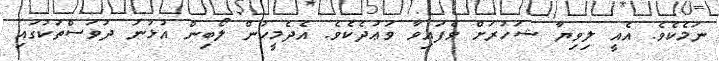
ނަމެކެވެ. އެއީ ލިވިޔާ ޝަހުރަށް ވެފައިވާ ވަޢުދެކެވެ. އެދެމީހުން ލޯބިން އުޅުނު ދުވަސްތަކުގައި